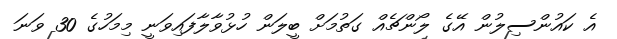
އެ ކައުންސިލުން އޭގެ ލޯންޗެއް ގަތުމަށް ބީލަން ހުޅުވާލާފައިވަނީ މިމަހުގެ 30 ވަނަ